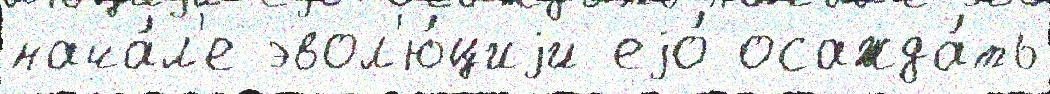
нача́л'е эвол'ю́циjи еjо́ осажда́ть